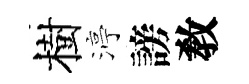
樹渟謗敎